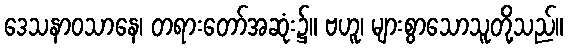
ဒေသနာဝသာနေ၊ တရားတော်အဆုံး၌။ ဗဟူ၊ များစွာသောသူတို့သည်။